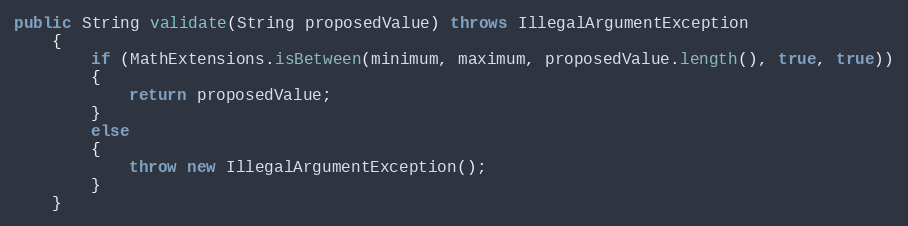
Language: Java
public String validate(String proposedValue) throws IllegalArgumentException
	{
		if (MathExtensions.isBetween(minimum, maximum, proposedValue.length(), true, true))
		{
			return proposedValue;
		}
		else
		{
			throw new IllegalArgumentException();
		}
	}